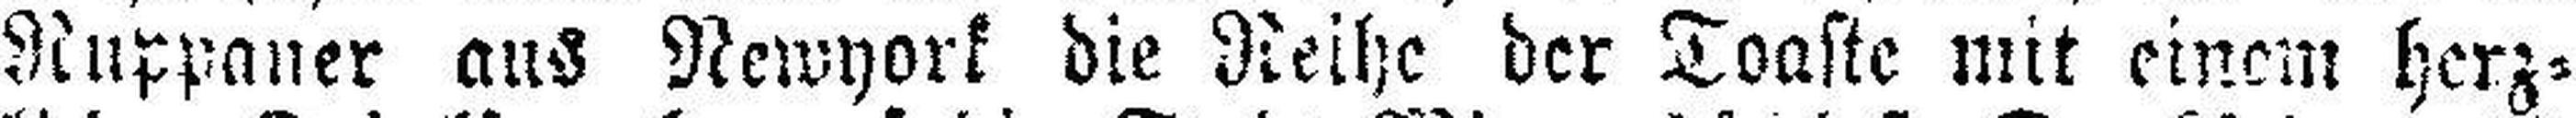
Ruppaner aus Newyork die Reihe der Toaste mit einem herz¬